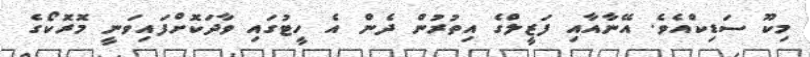
މިކޫ ސަޑިކްއެވެ. އޭނާއާއި ފަޒީލްގެ އިތުރުން ދެން އެ ހީޓުގައި ވާދަކޮށްފައިވަނީ މޮރޮކޯގެ